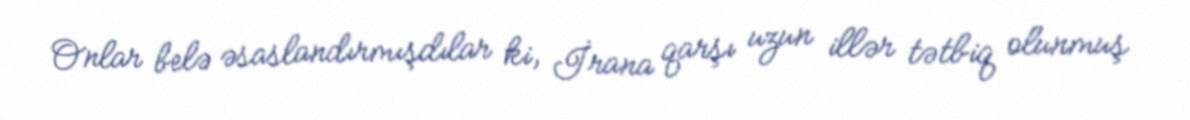
Onlar belə əsaslandırmışdılar ki, İrana qarşı uzun illər tətbiq olunmuş